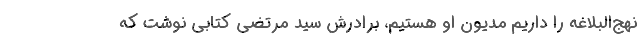
نهج‌البلاغه را داریم مدیون او هستیم، برادرش سید مرتضی کتابی نوشت که